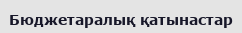
Бюджетаралық қатынастар